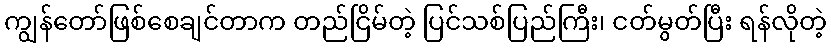
ကျွန်တော်ဖြစ်စေချင်တာက တည်ငြိမ်တဲ့ ပြင်သစ်ပြည်ကြီး၊ ငတ်မွတ်ပြီး ရန်လိုတဲ့